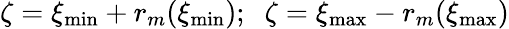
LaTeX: \zeta=\xi_{\operatorname*{min}}+r_{m}(\xi_{\operatorname*{min}});\; \; \zeta=\xi_{\operatorname*{max}}-r_{m}(\xi_{\operatorname*{max}})